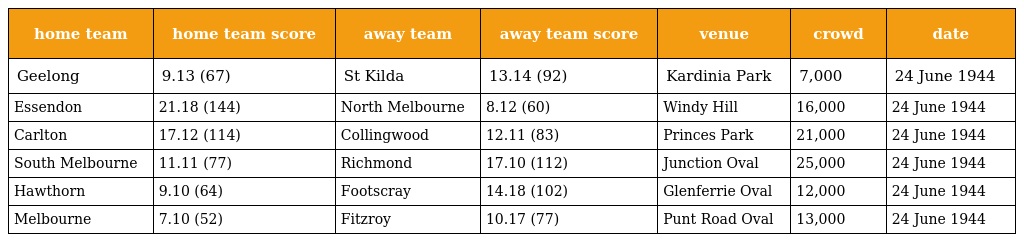
| home team | home team score | away team | away team score | venue | crowd | date |
 | --- | --- | --- | --- | --- | --- | --- |
 | Geelong | 9.13 (67) | St Kilda | 13.14 (92) | Kardinia Park | 7,000 | 24 June 1944 |
 | Essendon | 21.18 (144) | North Melbourne | 8.12 (60) | Windy Hill | 16,000 | 24 June 1944 |
 | Carlton | 17.12 (114) | Collingwood | 12.11 (83) | Princes Park | 21,000 | 24 June 1944 |
 | South Melbourne | 11.11 (77) | Richmond | 17.10 (112) | Junction Oval | 25,000 | 24 June 1944 |
 | Hawthorn | 9.10 (64) | Footscray | 14.18 (102) | Glenferrie Oval | 12,000 | 24 June 1944 |
 | Melbourne | 7.10 (52) | Fitzroy | 10.17 (77) | Punt Road Oval | 13,000 | 24 June 1944 |